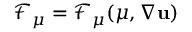
\boldsymbol { \mathcal { F } } _ { \mu } = \boldsymbol { \mathcal { F } } _ { \mu } ( \mu , \nabla \mathbf { u } )